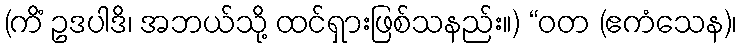
(ကိံ ဥဒပါဒိ၊ အဘယ်သို့ ထင်ရှားဖြစ်သနည်း။) “ဝတ (ဧကံသေန)၊